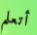
أتعلم